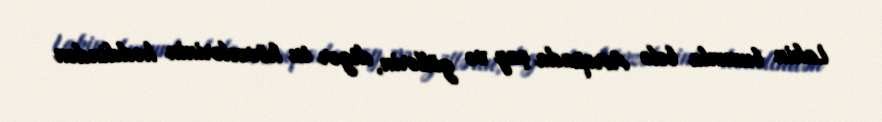
Lakin bununla belə Avropada çay və göllərin, digər su hövzələrinin həddindən